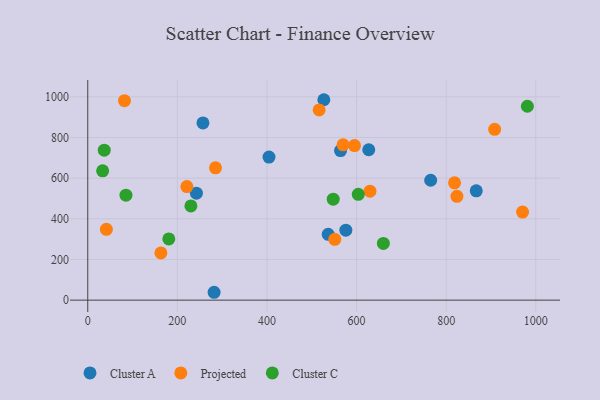
{"axis": {"x": "Distance", "y": "Fuel Efficiency"}, "legend": ["Cluster A", "Cluster C", "Projected"], "data": [{"x": "242.5", "y": 526.2, "type": "Cluster A"}, {"x": "564.1", "y": 735.7, "type": "Cluster A"}, {"x": "404.5", "y": 703.5, "type": "Cluster A"}, {"x": "576.0", "y": 343.9, "type": "Cluster A"}, {"x": "536.6", "y": 323.6, "type": "Cluster A"}, {"x": "867.0", "y": 537.4, "type": "Cluster A"}, {"x": "257.1", "y": 871.3, "type": "Cluster A"}, {"x": "282.0", "y": 38.7, "type": "Cluster A"}, {"x": "765.3", "y": 589.7, "type": "Cluster A"}, {"x": "627.1", "y": 739.5, "type": "Cluster A"}, {"x": "526.9", "y": 985.6, "type": "Cluster A"}, {"x": "908.1", "y": 840.2, "type": "Projected"}, {"x": "41.6", "y": 348.5, "type": "Projected"}, {"x": "970.3", "y": 432.9, "type": "Projected"}, {"x": "221.2", "y": 558.3, "type": "Projected"}, {"x": "818.6", "y": 577.0, "type": "Projected"}, {"x": "516.4", "y": 935.4, "type": "Projected"}, {"x": "569.8", "y": 763.8, "type": "Projected"}, {"x": "163.2", "y": 232.4, "type": "Projected"}, {"x": "823.9", "y": 510.4, "type": "Projected"}, {"x": "595.3", "y": 759.9, "type": "Projected"}, {"x": "551.3", "y": 298.9, "type": "Projected"}, {"x": "629.8", "y": 536.1, "type": "Projected"}, {"x": "285.1", "y": 650.9, "type": "Projected"}, {"x": "82.0", "y": 980.9, "type": "Projected"}, {"x": "36.8", "y": 737.3, "type": "Cluster C"}, {"x": "230.2", "y": 463.3, "type": "Cluster C"}, {"x": "547.8", "y": 496.7, "type": "Cluster C"}, {"x": "180.9", "y": 300.9, "type": "Cluster C"}, {"x": "33.2", "y": 635.8, "type": "Cluster C"}, {"x": "603.7", "y": 520.2, "type": "Cluster C"}, {"x": "659.7", "y": 278.9, "type": "Cluster C"}, {"x": "85.3", "y": 516.0, "type": "Cluster C"}, {"x": "981.1", "y": 953.4, "type": "Cluster C"}]}